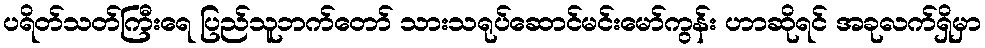
ပရိတ်သတ်ကြီးရေ ပြည်သူဘက်တော် သားသရုပ်ဆောင်မင်းမော်ကွန်း ဟာဆိုရင် အခုလက်ရှိမှာ